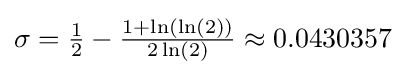
{\textstyle \sigma ={\frac {1}{2}}-{\frac {1+\ln(\ln(2))}{2\ln(2)}}\approx 0.0430357}